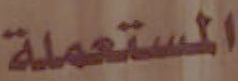
المستعملة